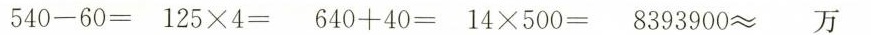
$$5 4 0 - 6 0 =$$ $$1 2 5 \times 4 =$$ $$6 4 0 + 4 0 =$$ $$1 4 \times 5 0 0 =$$ $$8 3 9 3 9 0 0 ≈ 万$$